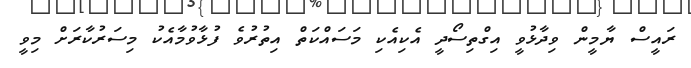
ރައީސް ޔާމީން ވިދާޅުވީ އިގްތިސޯދީ އެކިއެކި މަސައްކަތް އިތުރުވެ ފުޅާވުމާއެކު މިސަރުކާރަށް މިވީ